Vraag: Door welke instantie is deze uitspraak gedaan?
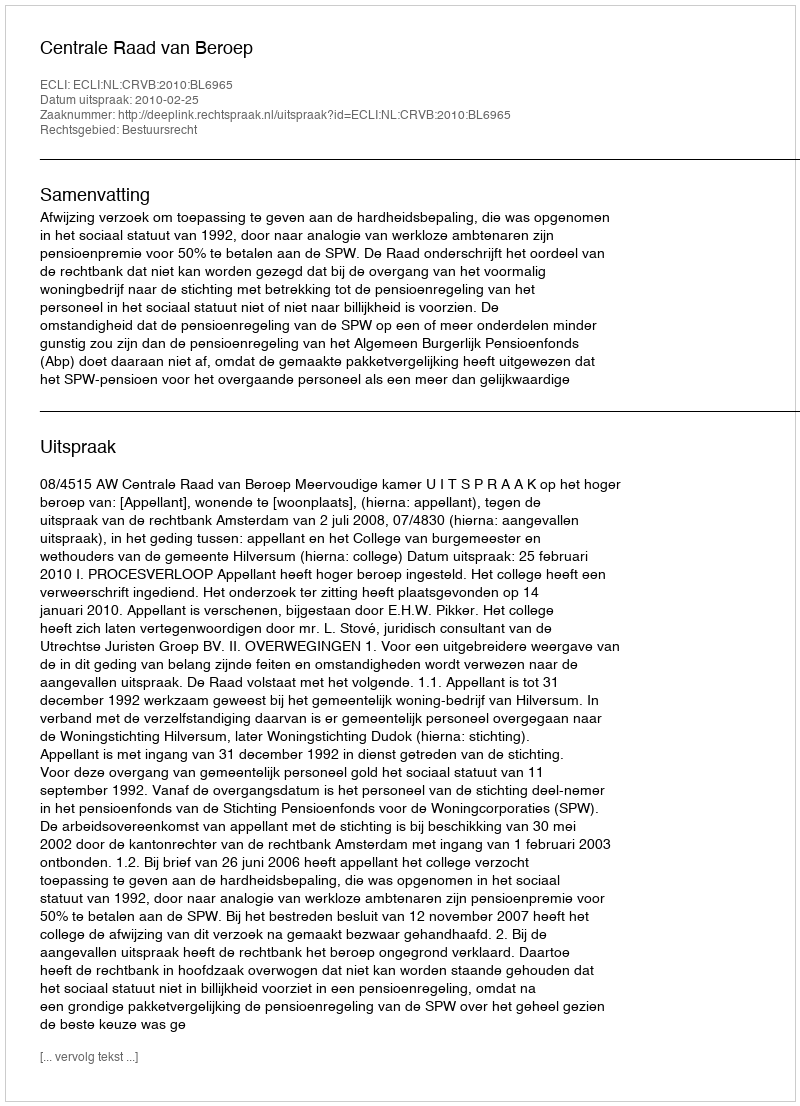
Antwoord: Centrale Raad van Beroep